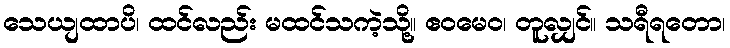
သေယျထာပိ၊ ထင်လည်း မထင်သကဲ့သို့။ ဧဝမေဝ၊ တူလျှင်။ သရီရတော၊